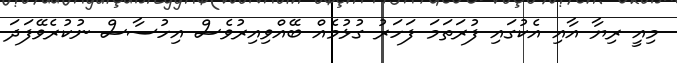
މިއީ ރިޔާ އާއި އެކުގައި ފުރަތަމަ ފަހަރު ގުޅުމެއް ބޭއްވިއިރުވެސް އިހުސާސް ނުކުރެވޭފަދަ